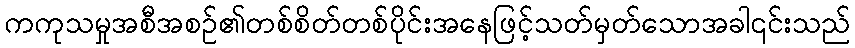
ကကုသမှုအစီအစဉ်၏တစ်စိတ်တစ်ပိုင်းအနေဖြင့်သတ်မှတ်သောအခါ၎င်းသည်